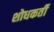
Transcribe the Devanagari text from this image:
शोधकर्ती